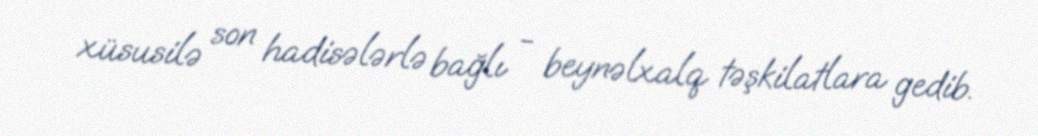
xüsusilə son hadisələrlə bağlı - beynəlxalq təşkilatlara gedib.